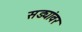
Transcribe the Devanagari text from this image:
सड्यांवर